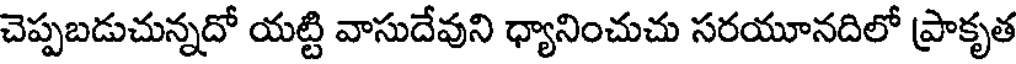
చెప్పబడుచున్నదో యట్టి వాసుదేవుని ధ్యానించుచు సరయూనదిలో ప్రాకృత